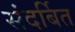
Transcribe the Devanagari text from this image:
संदर्बित